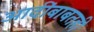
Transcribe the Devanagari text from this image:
आदींबाबतही